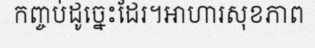
កញ្ចប់ដូច្នេះដែរ។អាហារសុខភាព